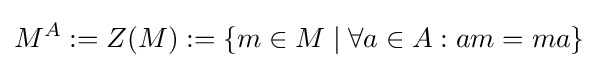
M^{A}:=Z(M):=\{m\in M\mid \forall a\in A:am=ma\}